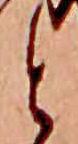
と